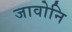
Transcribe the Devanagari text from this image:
जावोनि